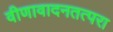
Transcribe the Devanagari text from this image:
वीणावादनतत्परा